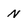
Character: N